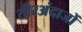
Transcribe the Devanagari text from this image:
तीरअंदाजों